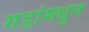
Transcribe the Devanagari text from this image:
गडांमधून